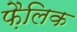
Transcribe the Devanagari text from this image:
फ़ैलिक